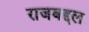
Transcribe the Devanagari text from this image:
राजबद्दल